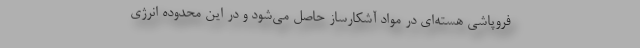
فروپاشی هسته‌ای در مواد آشکارساز حاصل می‌شود و در این محدوده انرژی